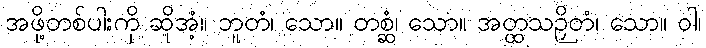
အဖို့တစ်ပါးကို ဆိုအံ့။ ဘူတံ၊ သော။ တစ္ဆံ၊ သော။ အတ္ထသဉှိတံ၊ သော။ ဝါ၊